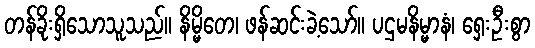
တန်ခိုးရှိသောသူသည်။ နိမ္မိတေ၊ ဖန်ဆင်းခဲ့သော်။ ပဌမနိမ္မာနံ၊ ရှေးဦးစွာ